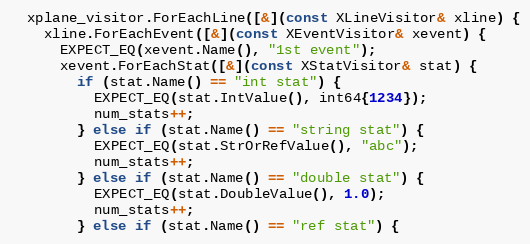
Language: C++
  xplane_visitor.ForEachLine([&](const XLineVisitor& xline) {
    xline.ForEachEvent([&](const XEventVisitor& xevent) {
      EXPECT_EQ(xevent.Name(), "1st event");
      xevent.ForEachStat([&](const XStatVisitor& stat) {
        if (stat.Name() == "int stat") {
          EXPECT_EQ(stat.IntValue(), int64{1234});
          num_stats++;
        } else if (stat.Name() == "string stat") {
          EXPECT_EQ(stat.StrOrRefValue(), "abc");
          num_stats++;
        } else if (stat.Name() == "double stat") {
          EXPECT_EQ(stat.DoubleValue(), 1.0);
          num_stats++;
        } else if (stat.Name() == "ref stat") {